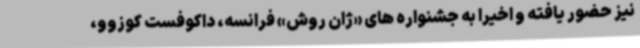
نیز حضور یافته و اخیرا به جشنواره های «ژان روش» فرانسه، داکوفست کوزوو،